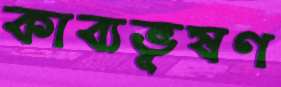
কাব্যভূষণ